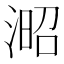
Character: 𣸬